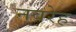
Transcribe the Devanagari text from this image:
नवरेह